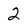
Character: 2